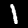
Label: 1